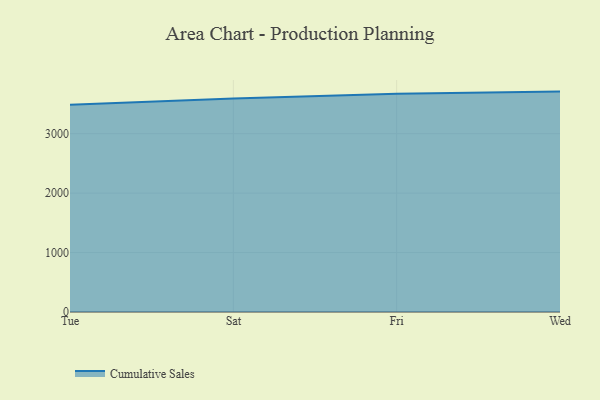
{"axis": {"x": "Day", "y": "Budget (USD K)"}, "legend": ["Cumulative Sales"], "data": [{"x": "Tue", "y": 3486.4, "type": "Cumulative Sales"}, {"x": "Sat", "y": 3591.8, "type": "Cumulative Sales"}, {"x": "Fri", "y": 3672.2, "type": "Cumulative Sales"}, {"x": "Wed", "y": 3707.9, "type": "Cumulative Sales"}]}